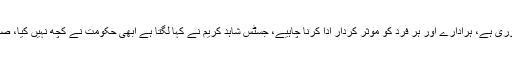
جسٹس شاہد کریم نے کہا کہ پانی کا تحفظ انتہائی ضروری ہے، ہرادارے اور ہر فرد کو موثر کردار ادا کرنا چاہیے، جسٹس شاہد کریم نے کہا لگتا ہے ابھی حکومت نے کچھ نہیں کیا، صرف عدالتی حکم پرچیف سیکرٹری نےاجلاس منعقد کیا۔